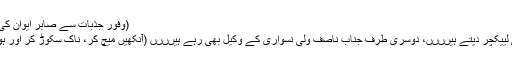
(وفور جذبات سے صابر ایوان کی داڑھی میں موجود سفید دھاری پھڑکنے لگتی ہے)
یہ بتائیں کہ ایک طرف تو آپ بی ٹی وی پر اسلامی لییکچر دیتے ہیںںںں، دوسری طرف جناب ناصف ولی نسواری کے وکیل بھی رہے ہیںںںں (آنکھیں میچ کر، ناک سکوڑ کر اور ہونٹوں کو گول کرکے) کیا یہ کھُولا تاضاد نئیں اے؟